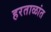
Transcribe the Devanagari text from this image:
हरताळांत